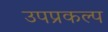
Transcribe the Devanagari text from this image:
उपप्रकल्प